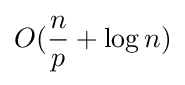
O({\frac {n}{p}}+\log n)